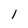
Character: 1